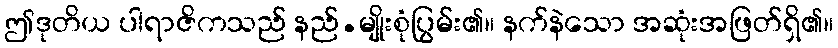
ဤဒုတိယ ပါရာဇိကသည် နည်.မျိုးစုံပြွမ်း၏။ နက်နဲသော အဆုံးအဖြတ်ရှိ၏။